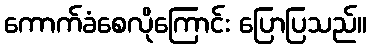
ကောက်ခံစေလိုကြောင်း ပြောပြသည်။